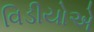
વિડીયોએ